Report on the working of the Ranchi Indian Mental Hospital, Kanke, in Bihar and Orissa - 1930-1940
Year: 1930
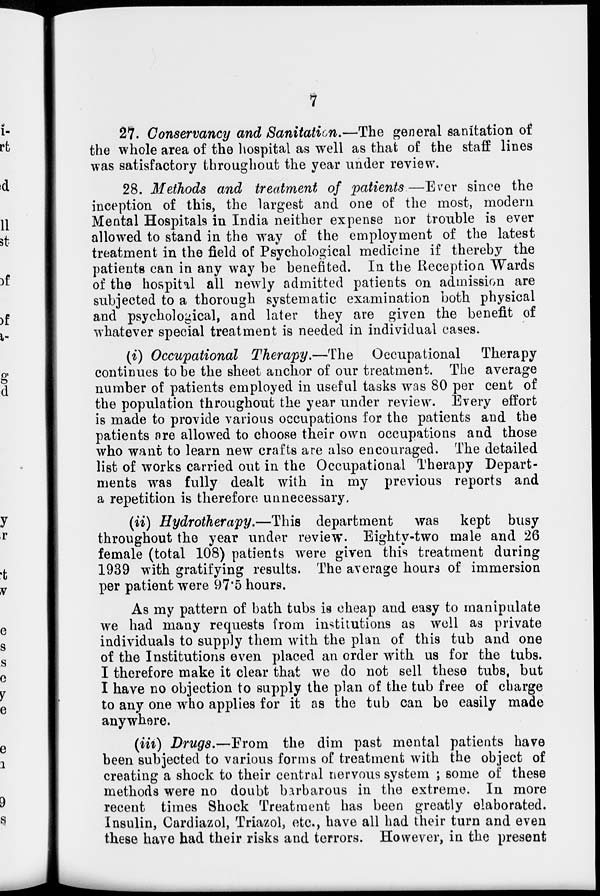
7
27. Conservancy and Sanitation.—The general sanitation of
the whole area of the hospital as well as that of the staff lines
was satisfactory throughout the year under review.
28. Methods and treatment of patients—Ever since the
inception of this, the largest and one of the most, modern
Mental Hospitals in India neither expense nor trouble is ever
allowed to stand in the way of the employment of the latest
treatment in the field of Psychological medicine if thereby the
patients can in any way be benefited. In the Reception Wards
of the hospital all newly admitted patients on admission are
subjected to a thorough systematic examination both physical
and psychological, and later they are given the benefit of
whatever special treatment is needed in individual cases.
(i) Occupational Therapy.—The Occupational Therapy
continues to be the sheet anchor of our treatment. The average
number of patients employed in useful tasks was 80 per cent of
the population throughout the year under review. Every effort
is made to provide various occupations for the patients and the
patients are allowed to choose their own occupations and those
who want to learn new crafts are also encouraged. The detailed
list of works carried out in the Occupational Therapy Depart-
ments was fully dealt with in my previous reports and
a repetition is therefore unnecessary.
(ii) Hydrotherapy.—This department was kept busy
throughout the year under review. Eighty-two male and 26
female (total 108) patients were given this treatment during
1939 with gratifying results. The average hours of immersion
per patient were 97.5 hours.
As my pattern of bath tubs is cheap and easy to manipulate
we had many requests from institutions as well as private
individuals to supply them with the plan of this tub and one
of the Institutions even placed an order with us for the tubs.
I therefore make it clear that we do not sell these tubs, but
I have no objection to supply the plan of the tub free of charge
to any one who applies for it as the tub can be easily made
anywhere.
(iii) Drugs.—From the dim past mental patients have
been subjected to various forms of treatment with the object of
creating a shock to their central nervous system ; some of these
methods were no doubt barbarous in the extreme. In more
recent times Shock Treatment has been greatly elaborated.
Insulin, Cardiazol, Triazol, etc., have all had their turn and even
these have had their risks and terrors. However, in the present